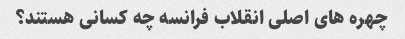
چهره های اصلی انقلاب فرانسه چه کسانی هستند؟